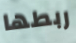
ربطها